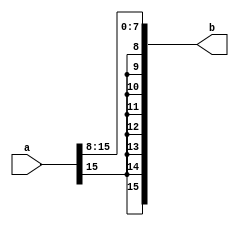
////////////////
////Thea Zhu///
///////////////


module rsh_8(a,b);
    input [15:0] a;
    output [15:0] b;
    

assign {b[15:7],b[6:0]}= {a[15],a[15],a[15],a[15],a[15],a[15],a[15],a[15],a[15:8]};


endmodule